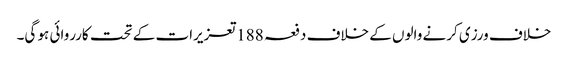
خلاف ورزی کرنے والوں کے خلاف دفعہ 188تعزیرات کے تحت کارروائی ہو گی۔